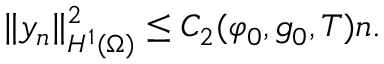
\lVert y _ { n } \rVert _ { H ^ { 1 } ( \Omega ) } ^ { 2 } \leq C _ { 2 } ( \varphi _ { 0 } , g _ { 0 } , T ) n .